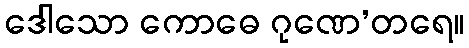
ဒေါသော ကောဓေ ဂုဏေ’တရေ။